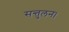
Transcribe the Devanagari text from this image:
सन्तुलन।